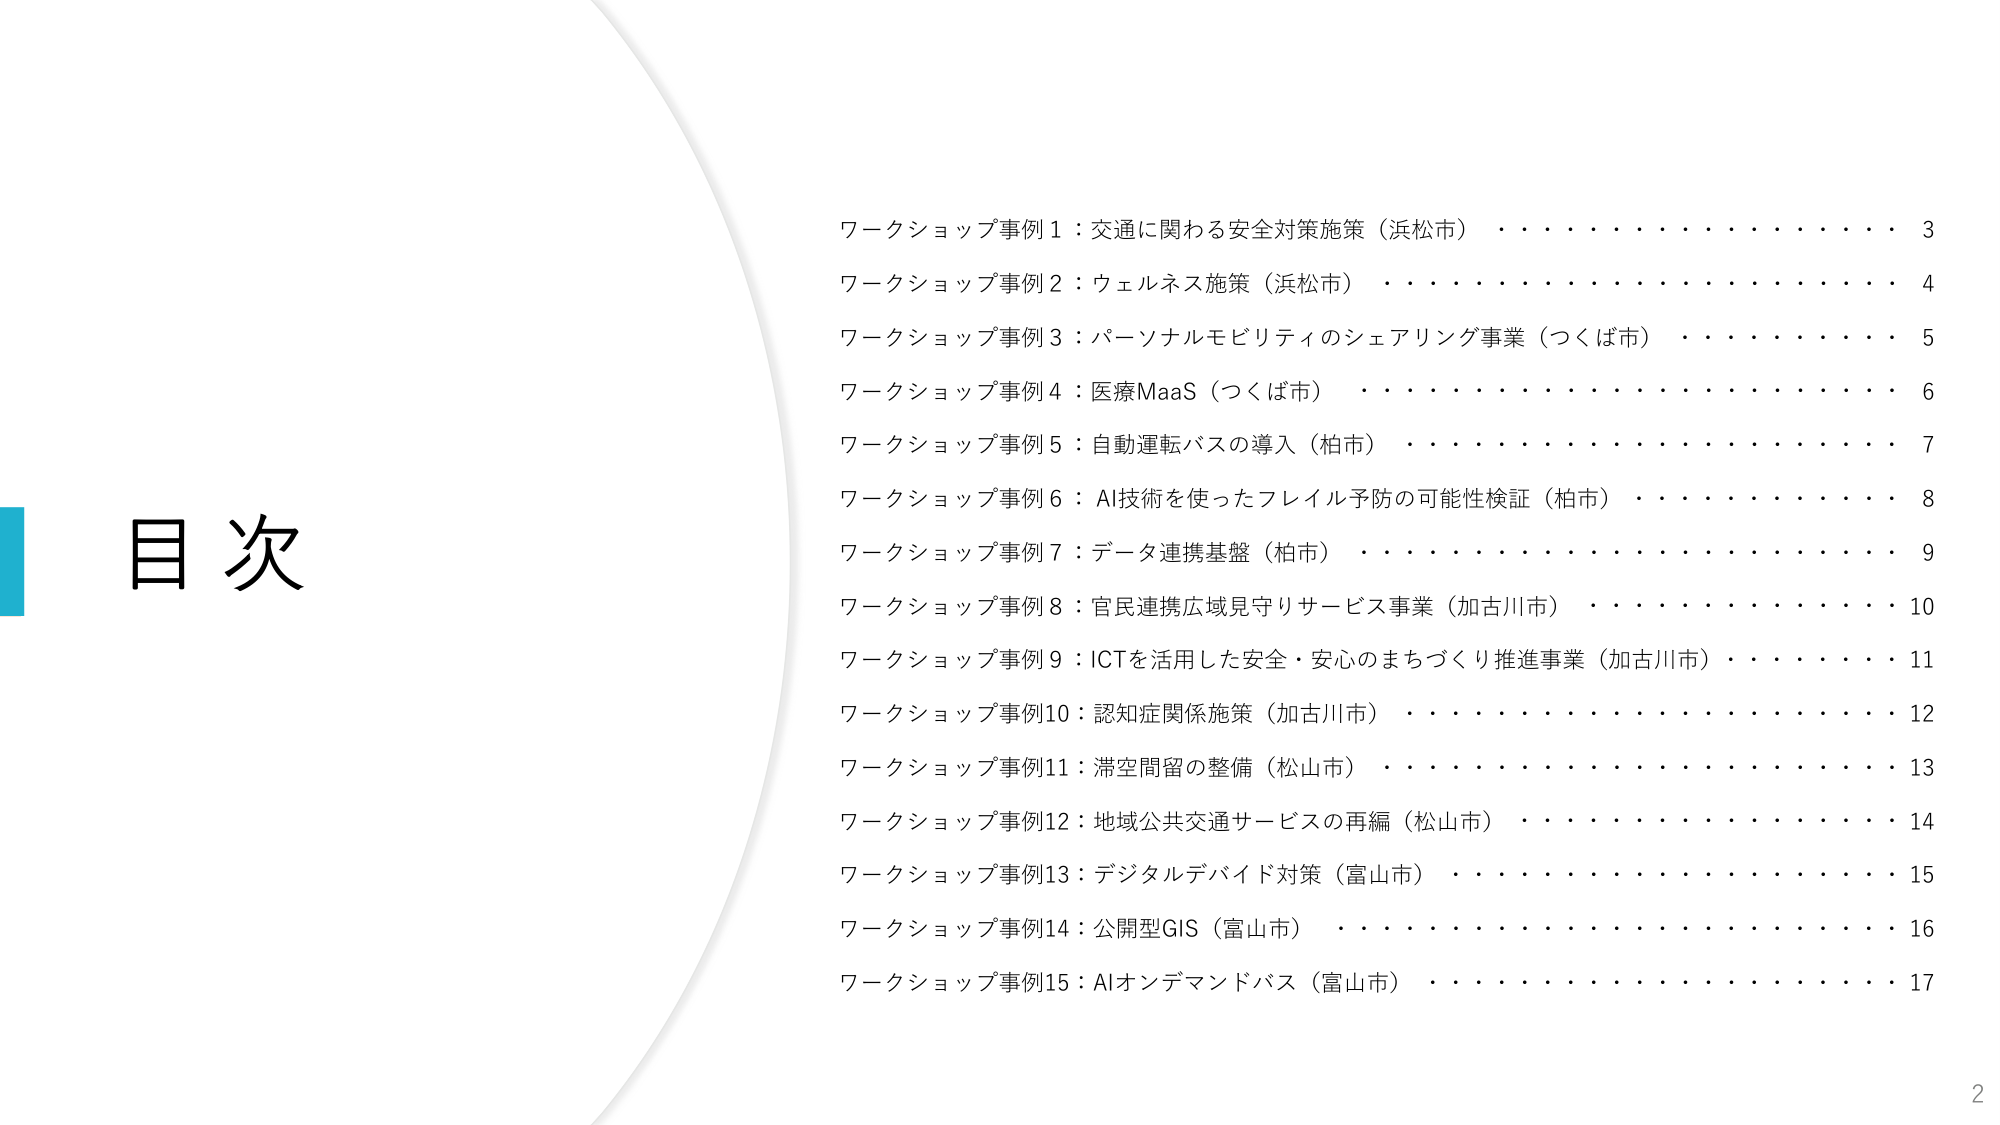
目次

ワークショップ事例1：交通に関わる安全対策施策（浜松市）・・・・・・・・・・・・・・3
ワークショップ事例2：ウェルネス施策（浜松市）・・・・・・・・・・・・・・・・・・4
ワークショップ事例3：パーソナルモビリティのシェアリング事業（つくば市）・・・・・・・・5
ワークショップ事例4：医療MaaS（つくば市）・・・・・・・・・・・・・・・・・・6
ワークショップ事例5：自動運転バスの導入（柏市）・・・・・・・・・・・・・・・・・・7
ワークショップ事例6：AI技術を使ったフレイル予防の可能性検証（柏市）・・・・・・・・8
ワークショップ事例7：データ連携基盤（柏市）・・・・・・・・・・・・・・・・・・9
ワークショップ事例8：官民連携広域見守りサービス事業（加古川市）・・・・・・・・10
ワークショップ事例9：ICTを活用した安全・安心のまちづくり推進事業（加古川市）・・・・11
ワークショップ事例10：認知症関係施策（加古川市）・・・・・・・・・・・・・・・・12
ワークショップ事例11：滞空間留の整備（松山市）・・・・・・・・・・・・・・・・13
ワークショップ事例12：地域公共交通サービスの再編（松山市）・・・・・・・・・・・・14
ワークショップ事例13：デジタルデバイド対策（富山市）・・・・・・・・・・・・・・15
ワークショップ事例14：公開型GIS（富山市）・・・・・・・・・・・・・・・・・・16
ワークショップ事例15：AIオンデマンドバス（富山市）・・・・・・・・・・・・・・・・17

2